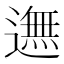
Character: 𨖴